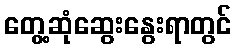
တွေ့ဆုံဆွေးနွေးရာတွင်